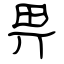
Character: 畀